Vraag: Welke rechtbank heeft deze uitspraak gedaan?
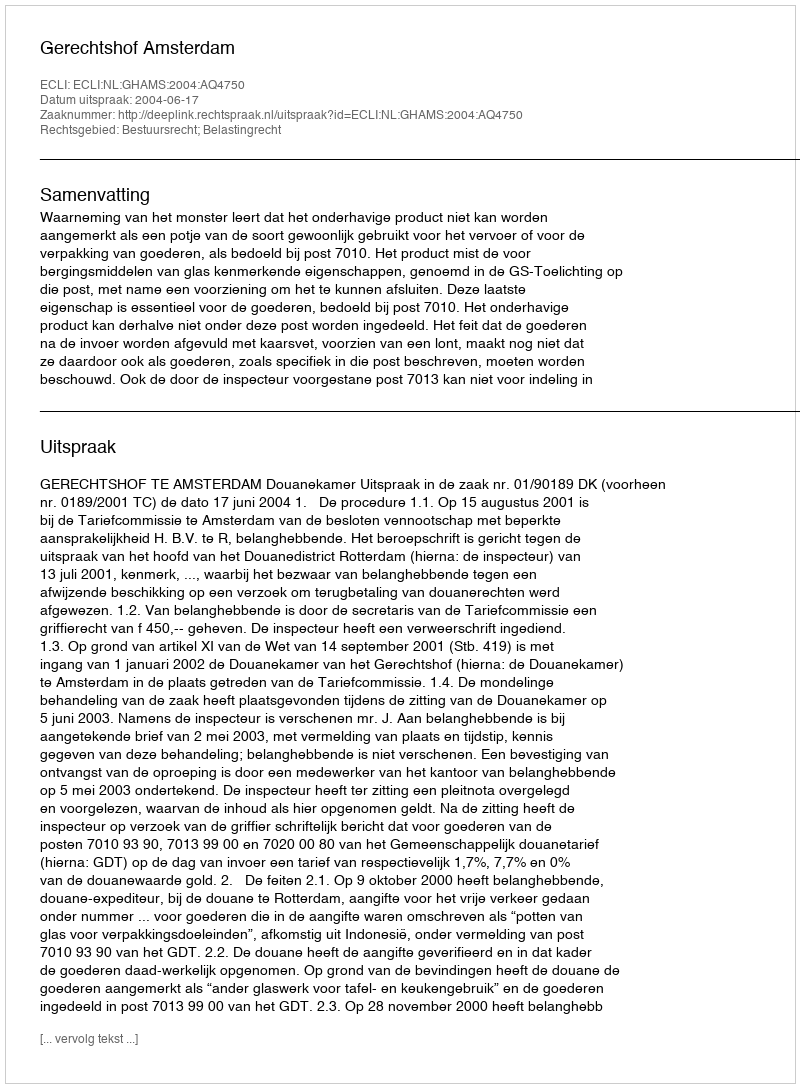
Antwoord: Gerechtshof Amsterdam